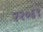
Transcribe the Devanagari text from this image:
२२०६९